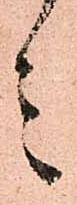
言